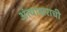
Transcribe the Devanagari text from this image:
अंत्याक्षराची